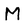
Character: M